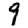
Digit: 9